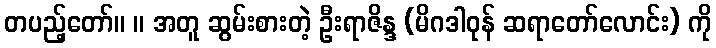
တပည့်တော်။ ။ အတူ ဆွမ်းစားတဲ့ ဦးရာဇိန္ဒ (မိဂဒါဝုန် ဆရာတော်လောင်း) ကို